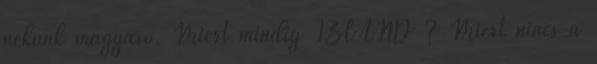
nekünk magyaro. Miért mindig IZLAND ? Miért nincs a